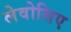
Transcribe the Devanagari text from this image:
लेवोसिए